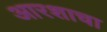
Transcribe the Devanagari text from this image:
आरशाचा